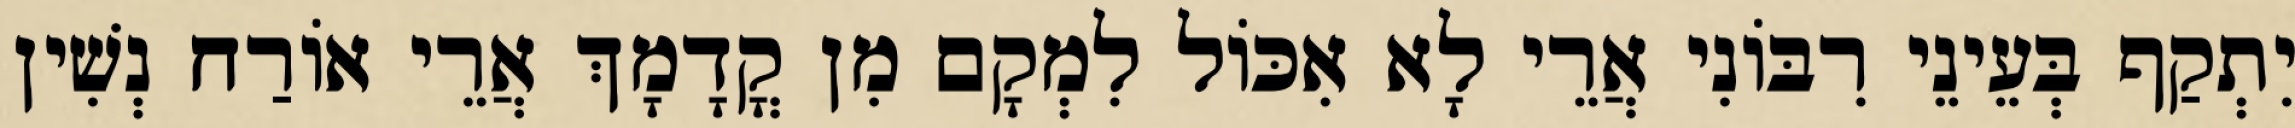
יִתְקַף בְּעֵינֵי רִבּוֹנִי אֲרֵי לָא אִכּוֹל לִמְקָם מִן קֳדָמָךְ אֲרֵי אוֹרַח נְשִׁין